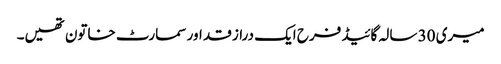
میری 30 سالہ گائیڈ فرح ایک دراز قد اور سمارٹ خاتون تھیں۔